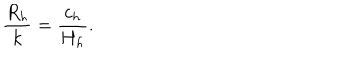
LaTeX: \frac { R _ { h } } { k } = \frac { c _ { h } } { H _ { h } } .